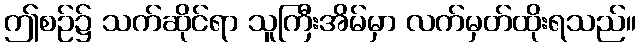
ဤစဉ်၌ သက်ဆိုင်ရာ သူကြီးအိမ်မှာ လက်မှတ်ထိုးရသည်။